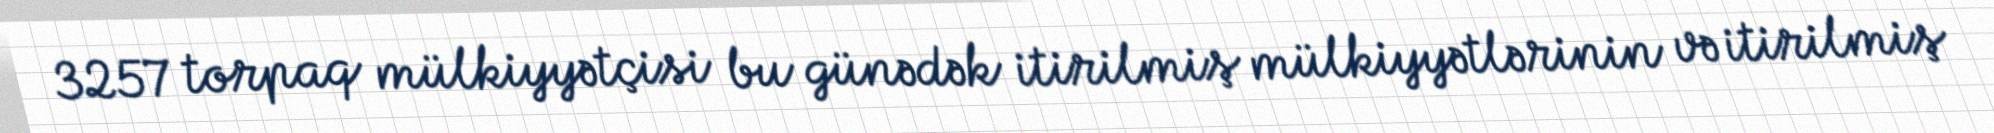
3257 torpaq mülkiyyətçisi bu günədək itirilmiş mülkiyyətlərinin və itirilmiş